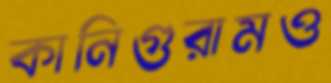
কানিগুরামও